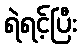
ရဲရင့်ပြီး